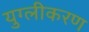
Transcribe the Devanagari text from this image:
युग्लीकरण